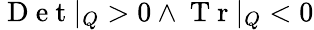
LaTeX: \mathrm{~D~e~t~}|_{Q}>0\land\mathrm{~T~r~}|_{Q}<0